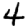
Digit: 4